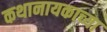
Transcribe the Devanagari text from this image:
कथानायकाच्या